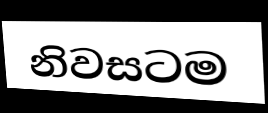
නිවසටම